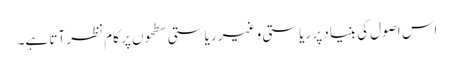
اس اصول کی بنیاد پر ریاستی و غیر ریاستی سطحوں پر کام نظر آتا ہے۔